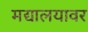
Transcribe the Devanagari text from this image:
मद्यालयावर